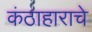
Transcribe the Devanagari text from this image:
कंठाहाराचे